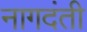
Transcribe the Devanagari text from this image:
नागदंती